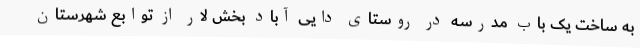
به ساخت یک باب مدرسه در روستای دایی آباد بخش لار از توابع شهرستان